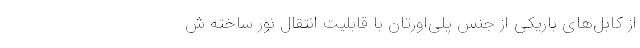
از کابل‌های باریکی از جنس پلی‌اورتان با قابلیت انتقال نور ساخته ش